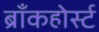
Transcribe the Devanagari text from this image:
ब्राँकहोर्स्ट